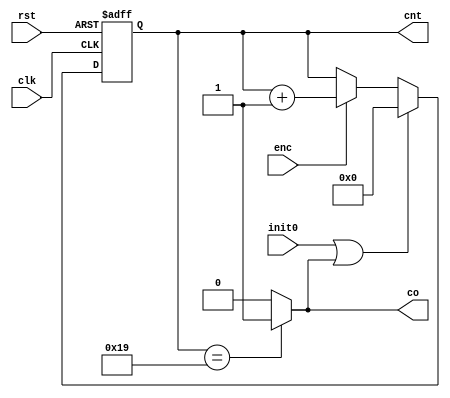
module rotate_co25 (clk, rst, init0, enc, cnt, co);
	
	parameter N = 5;
	input clk;
	input rst;
	input init0;
	input enc;
	output co;
	output reg [N-1:0] cnt;
	
	always @ (posedge clk, posedge rst) begin
		if (rst) 
			cnt <= 0;
		else
			if (init0 || co)
				cnt <= 0;
			else
				if (enc)
					cnt <= cnt + 1;
				else
					cnt <= cnt;
	end
	assign co = (cnt == 25) ? 1'b1 : 1'b0;
endmodule